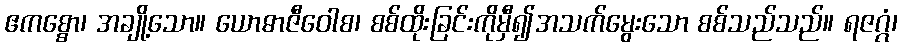
ဧကစ္စော၊ အချို့သော။ ယောဓာဇီဝေါစ၊ စစ်ထိုးခြင်းကိုမှီ၍အသက်မွေးသော စစ်သည်သည်။ ရဇဂ္ဂံ၊